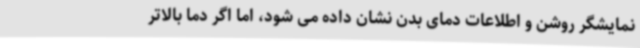
نمایشگر روشن و اطلاعات دمای بدن نشان داده می شود، اما اگر دما بالاتر